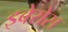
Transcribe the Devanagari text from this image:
इबेरोस